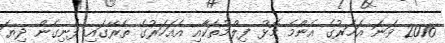
2016 ވަނަ އަހަރުގެ އެންމެ މޮޅު ފިލްމުތަކާއި އެއަހަރުގެ ތެރޭގައި ފެނިގެން ދިޔަ